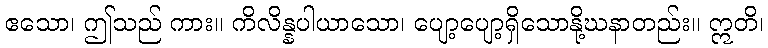
ဧသော၊ ဤသည် ကား။ ကိလိန္နပါယာသော၊ ပျော့ပျော့ရှိသောနို့ဃနာတည်း။ ဣတိ၊